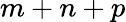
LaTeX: m+n+p